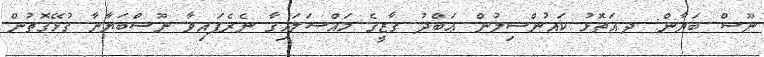
ނޫސް ބަޔާން: ދ.އަތޮޅު ކައުންސިލުން ޢަބްދު ގާޒީގެ މައްސަލައިގާ ނެރެފައިވާ ނޫސްބަޔާނާ ގުޅޭގޮތުން